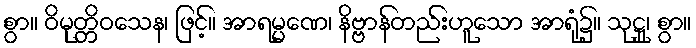
စွာ။ ဝိမုတ္တိဝသေန၊ ဖြင့်။ အာရမ္မဏေ၊ နိဗ္ဗာန်တည်းဟူသော အာရုံ၌။ သုဋ္ဌု၊ စွာ။